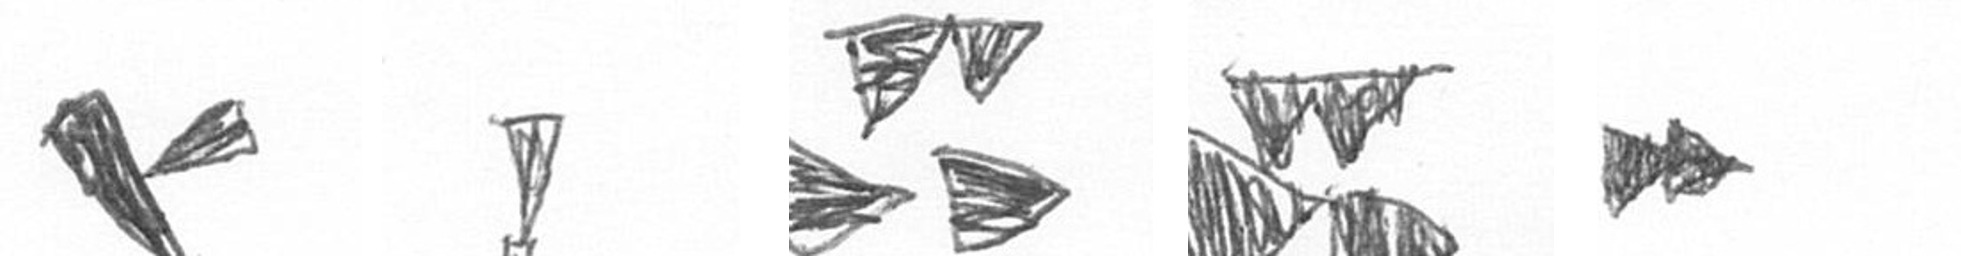
F Z B B A